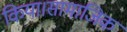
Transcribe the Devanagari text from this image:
किया।सामाजिक